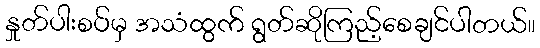
နှုတ်ပါးစပ်မှ အသံထွက် ရွတ်ဆိုကြည့်စေချင်ပါတယ်။